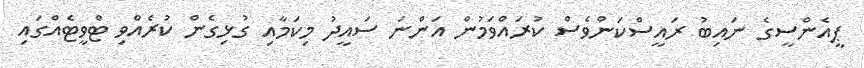
ޕީއެންސީގެ ނައިބު ރައީސްކަންވެސް ކުރައްވަމުން އަންނަ ސައީދު މިކަމާއި ގުޅިގެން ކުރެއްވި ޓްވީޓެއްގައި